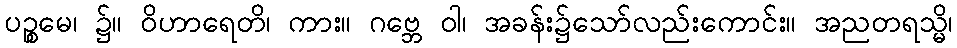
ပဉ္စမေ၊ ၌။ ဝိဟာရေတိ၊ ကား။ ဂဗ္ဘေ ဝါ၊ အခန်း၌သော်လည်းကောင်း။ အညတရသ္မိ၊